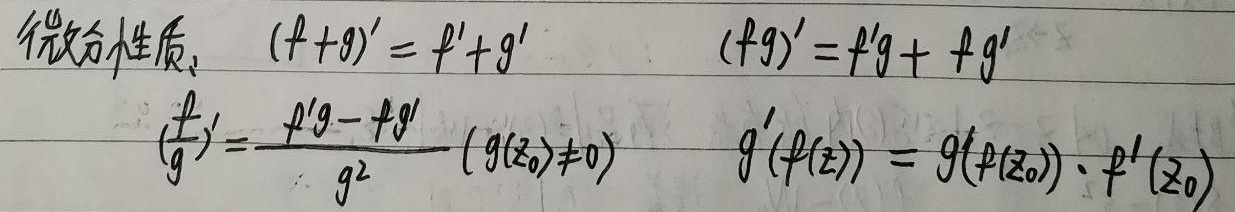
微分性质：
\[
\begin{align*}
(f + g)'& = f' + g'\\
(fg)'& = f'g + fg'\\
\left(\frac{f}{g}\right)'& = \frac{f'g - fg'}{g^{2}} \quad (g(z_0) \neq 0)\\
g'(f(z))& = g'(f(z_0)) \cdot f'(z_0)
\end{align*}
\]